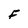
Character: F